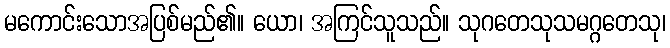
မကောင်းသောအပြစ်မည်၏။ ယော၊ အကြင်သူသည်။ သုဂတေသုသမဂ္ဂတေသု၊